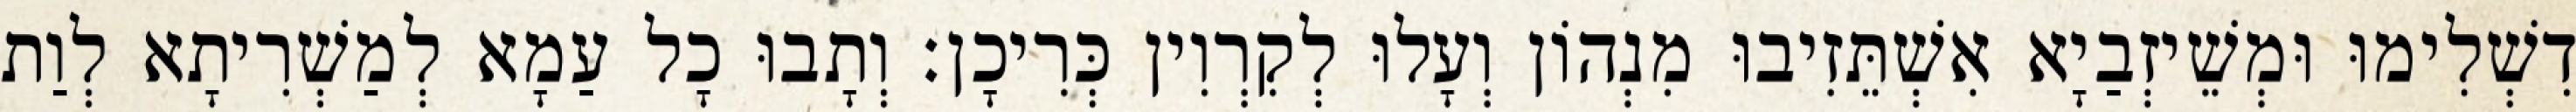
דִשְׁלִימוּ וּמְשֵׁיזְבַיָא אִשְׁתֵּזִיבוּ מִנְהוֹן וְעָלוּ לְקִרְוִין כְּרִיכָן׃ וְתָבוּ כָל עַמָא לְמַשְׁרִיתָא לְוַת